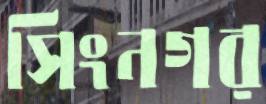
সিংনগর